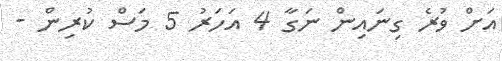
އަށް ވުރެ ގިނައިން ނަގާ 4 އަހަރު 5 މަސް ކުރިން -